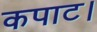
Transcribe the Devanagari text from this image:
कपाट।